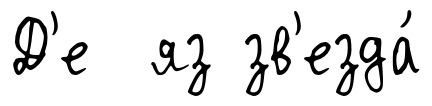
Д'е яз зв'езда́